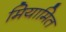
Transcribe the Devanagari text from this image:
मियामित